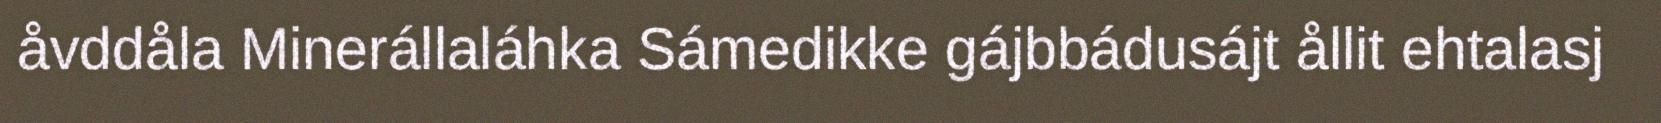
åvddåla Minerállaláhka Sámedikke gájbbádusájt ållit ehtalasj